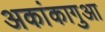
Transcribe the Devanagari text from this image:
अकांकागुआ